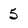
Character: 5